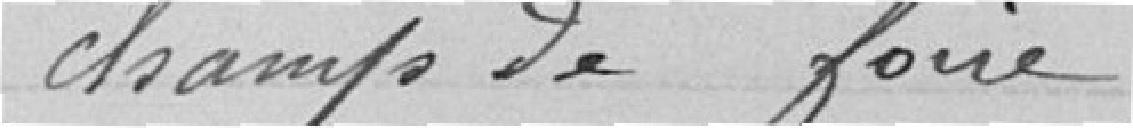
champs de foire